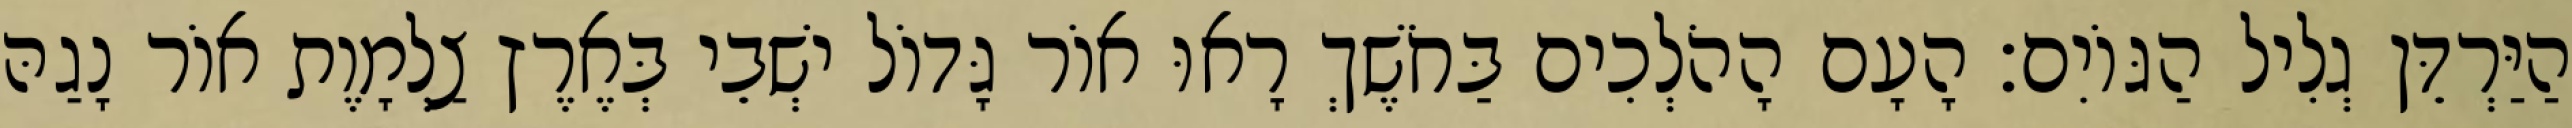
הַיַּרְדֵּן גְלִיל הַגּוֹיִם׃ הָעָם הָהֹלְכִים בַּחֹשֶׁךְ רָאוּ אוֹר גָּדוֹל ישְׁבֵי בְּאֶרֶץ צַלְמָוֶת אוֹר נָגַהּ